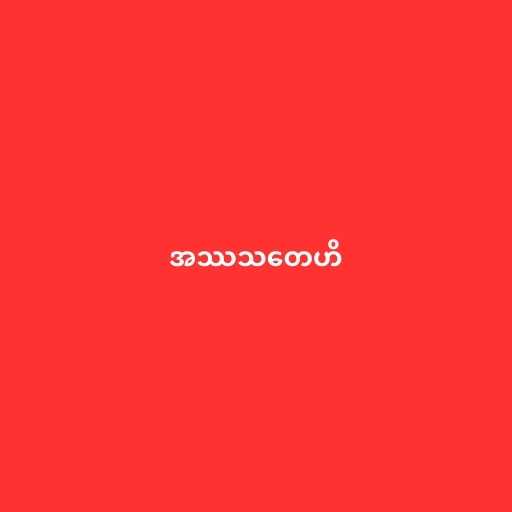
အဿသတေဟိ